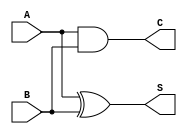
module half_adder (
    input wire A,
    input wire B,
    output wire S,
    output wire C
);
    // Sum output using XOR
    assign S = A ^ B;
    // Carry output using AND
    assign C = A & B;
endmodule